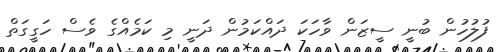
ފުލުހުން ބުނީ ސީޒަން ވާހަކަ ދައްކަމުން ދަނީ މި ކަމެއްގެ ވެސް ހަގީގަތް